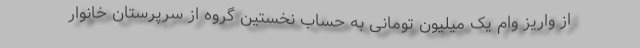
از واریز وام یک میلیون تومانی به حساب نخستین گروه از سرپرستان خانوار